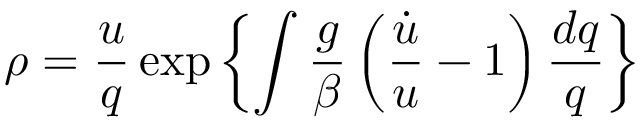
\rho = \frac { u } { q } \exp \left\{ \int \frac { g } { \beta } \left( \frac { \dot { u } } { u } - 1 \right) \frac { d q } { q } \right\}